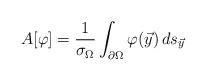
LaTeX: \begin{align*} A[\varphi]= \frac{1}{\sigma_\Omega}\int_{\partial\Omega}{\varphi(\vec y) \, ds_{\vec y}}\end{align*}